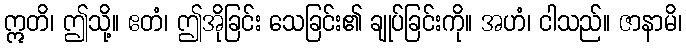
ဣတိ၊ ဤသို့။ ဧတံ၊ ဤအိုခြင်း သေခြင်း၏ ချုပ်ခြင်းကို။ အဟံ၊ ငါသည်။ ဇာနာမိ၊